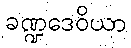
ခဏ္ဍဒေဝိယာ